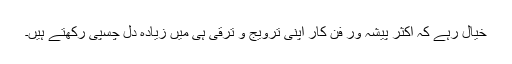
خیال رہے کہ اکثر پیشہ وَر فن کار اپنی ترویج و ترقّی ہی میں زیادہ دِل چسپی رکھتے ہیں۔